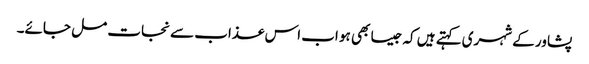
پشاور کے شہری کہتے ہیں کہ جیسا بھی ہو اب اس عذاب سے نجات مل جائے۔